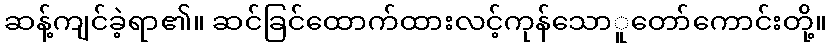
ဆန့်ကျင်ခဲ့ရာ၏။ ဆင်ခြင်ထောက်ထားလင့်ကုန်သောူတော်ကောင်းတို့။